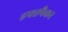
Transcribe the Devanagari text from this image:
हफ्तपैकर